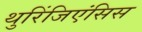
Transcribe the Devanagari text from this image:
थुरिंजिएंसिस